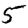
Digit: 5